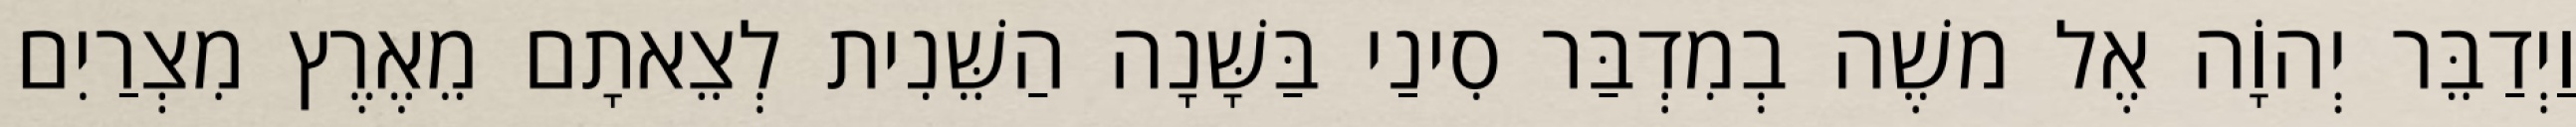
וַיְדַבֵּר יְהוָֹה אֶל משֶׁה בְמִדְבַּר סִינַי בַּשָּׁנָה הַשֵּׁנִית לְצֵאתָם מֵאֶרֶץ מִצְרַיִם